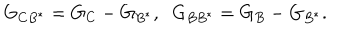
LaTeX: G _ { C B ^ { \ast } } = G _ { C } - G _ { B ^ { \ast } } , \; \; G _ { B B ^ { \ast } } = G _ { B } - G _ { B ^ { \ast } } .